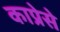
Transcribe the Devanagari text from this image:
काप्रेसे